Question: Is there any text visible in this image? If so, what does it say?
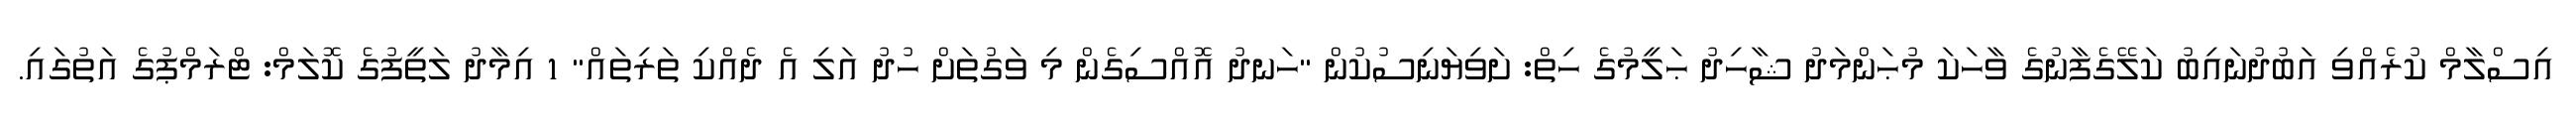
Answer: އިސްލާމް ކުރެއްވި އަބުދުނައިބު ކަލޭގެފާނުގެ ވާހަކަ މުޙަންމަދު ޝާހިދު ޙަލީމުގެ ހިތް: ށަވިޔަނިސުކުން "ހަނދު އޮއްސިގެން މި ވަގުތަށް ހުދު އަލި އެ ދެއްކި ތަރިތައް" 1 އިމާދު ލަތީފުގެ ކޮލަމް: ޓްރަމްޕުގެ އަތުގައި.